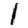
Digit: 1